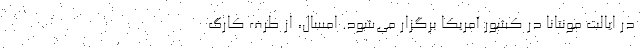
در ایالت مونتانا در کشور آمریکا برگزار می‌شود. امسال، از طرف کارگ